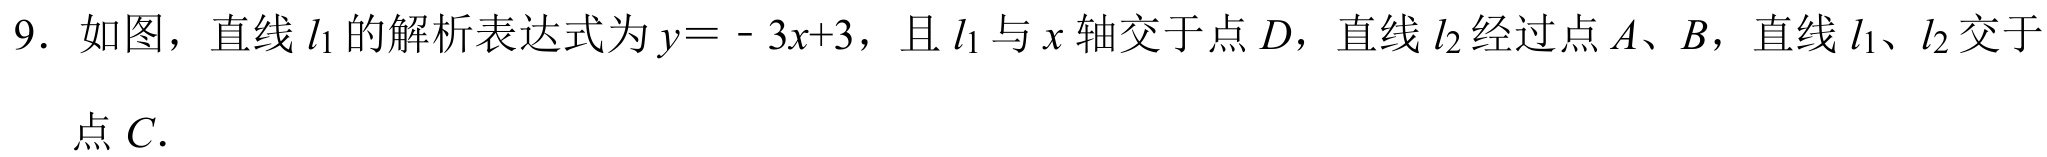
9. 如图，直线\(l_{1}\)的解析表达式为\(y = - 3x + 3\)，且\(l_{1}\)与\(x\)轴交于点\(D\)，直线\(l_{2}\)经过点\(A\)、\(B\)，直线\(l_{1}\)、\(l_{2}\)交于点\(C\)．